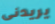
يريدنى